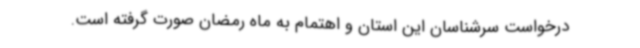
درخواست سرشناسان این استان و اهتمام به ماه رمضان صورت گرفته است.